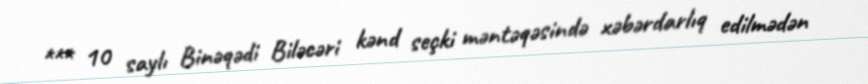
*** 10 saylı Binəqədi Biləcəri kənd seçki məntəqəsində xəbərdarlıq edilmədən